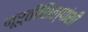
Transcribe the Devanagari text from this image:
मूर्तीशिल्पांशी